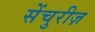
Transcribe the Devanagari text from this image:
सेंचुरीज़